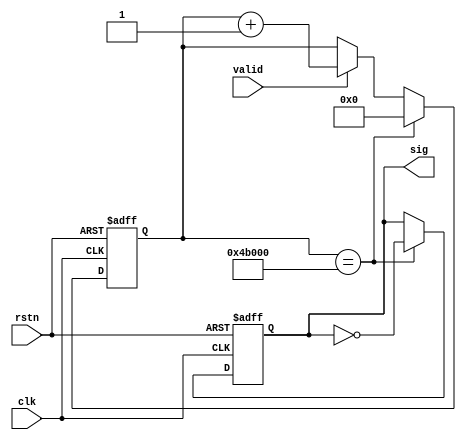
module frame_cnt(clk, rstn, valid, sig);

input	clk;
input	rstn;
input	valid;
output reg	sig;

reg [18:0] counter;

always @ (posedge clk or negedge rstn)
begin
	if(!rstn)	begin
		counter <= 0;
		sig	<= 0;
	end
	else if(counter == 19'd307200)	begin
		counter <= 0;
		sig	<= ~sig;
	end
	else if(valid)		counter <= counter + 19'b1;
end

endmodule